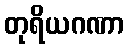
တုရိယဂဏာ